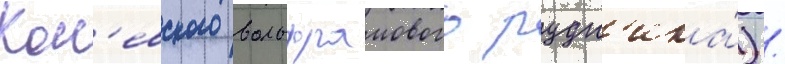
Кон'евского вольфрамового рудн'ика́) /